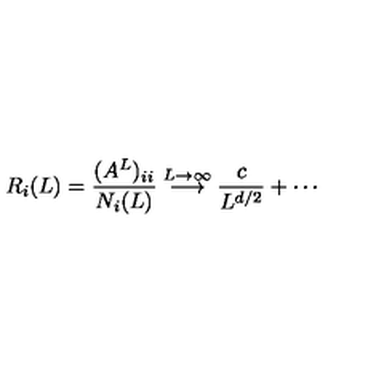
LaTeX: R _ { i } ( L ) = \frac { ( A ^ { L } ) _ { i i } } { N _ { i } ( L ) } \stackrel { L \rightarrow \infty } { \longrightarrow } \frac { c } { L ^ { d / 2 } } + \cdots